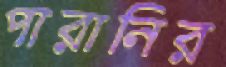
পারানির